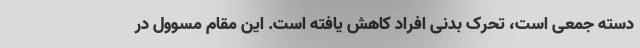
دسته جمعی است، تحرک بدنی افراد کاهش یافته است. این مقام مسوول در